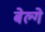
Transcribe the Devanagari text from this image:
बेल्गे